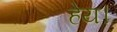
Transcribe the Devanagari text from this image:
हेय।